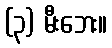
(၃) မီးဘေး။